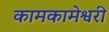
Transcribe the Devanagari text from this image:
कामकामेश्वरी